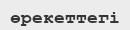
өрекеттегі